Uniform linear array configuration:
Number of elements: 12
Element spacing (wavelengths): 0.25
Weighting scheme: blackman
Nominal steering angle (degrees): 60
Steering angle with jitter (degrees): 58.632
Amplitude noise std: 0.05
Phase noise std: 0.05

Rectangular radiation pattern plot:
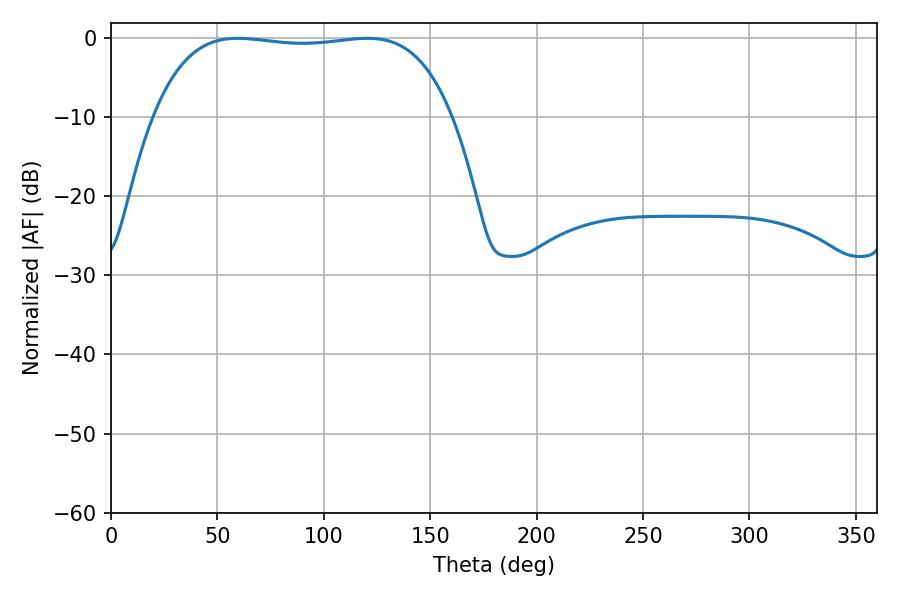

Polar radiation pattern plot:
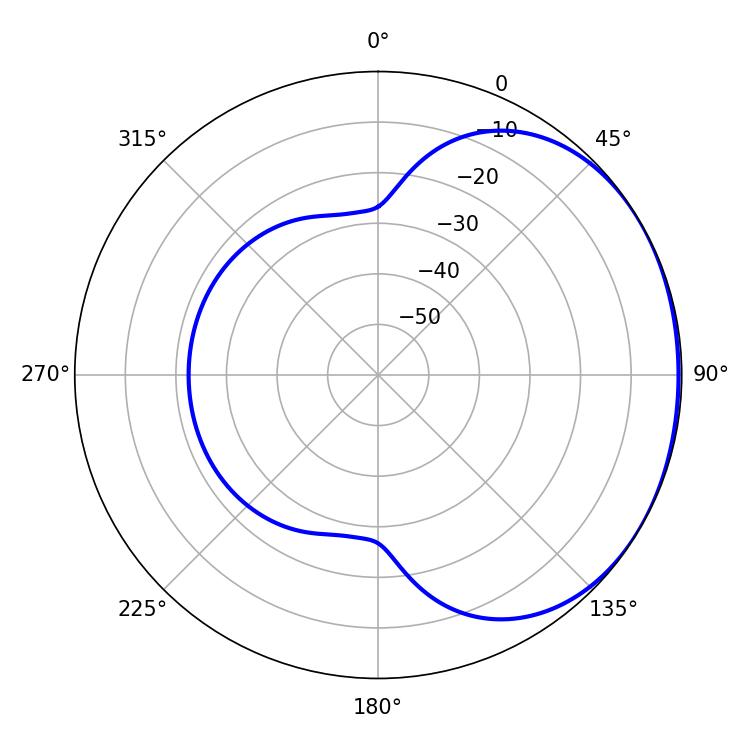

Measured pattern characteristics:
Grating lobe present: FALSE
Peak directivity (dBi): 1.125
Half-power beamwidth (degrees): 111.24
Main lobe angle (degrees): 59.58